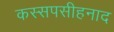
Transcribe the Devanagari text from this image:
कस्सपसीहनाद